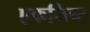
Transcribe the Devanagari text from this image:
एकनिष्ट